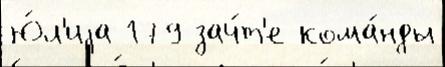
Ю́л'иjа 179 зач́т'е кома́нды